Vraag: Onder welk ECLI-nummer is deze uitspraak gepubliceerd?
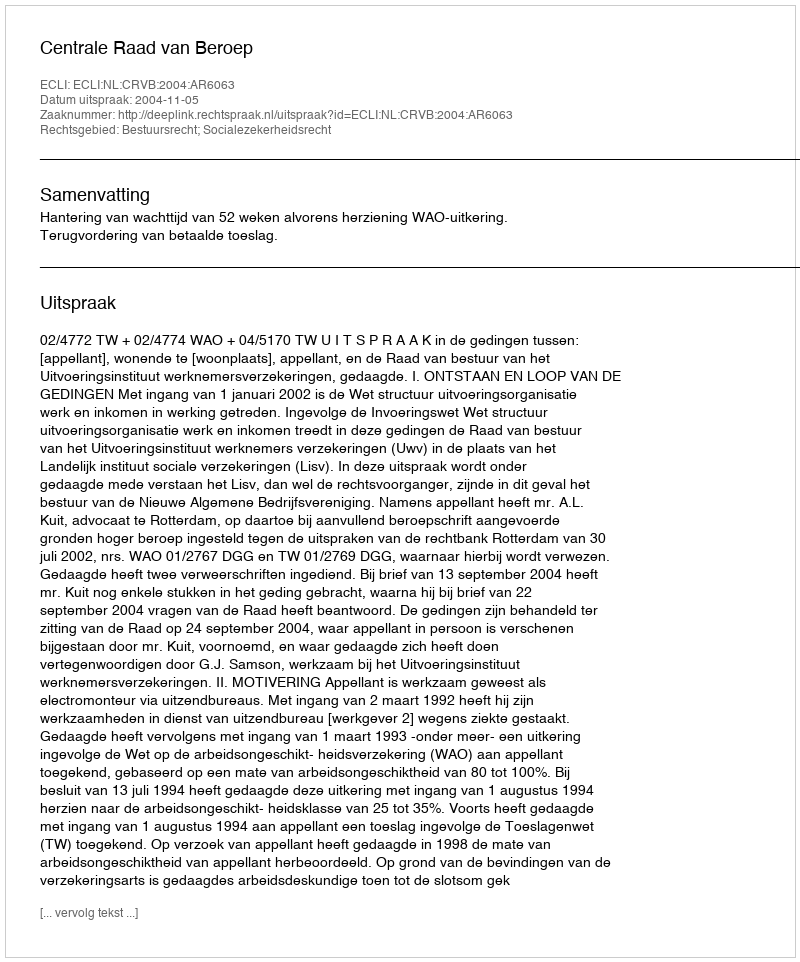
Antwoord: ECLI:NL:CRVB:2004:AR6063